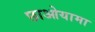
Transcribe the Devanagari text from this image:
छाओयामा